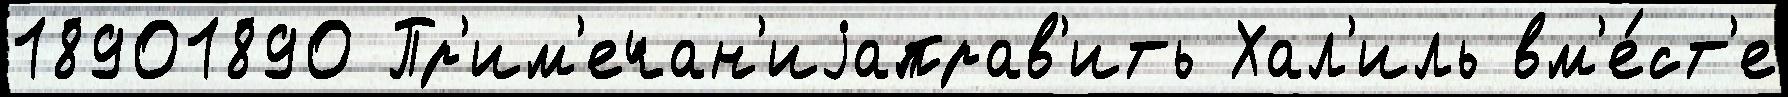
18901890 Пр'им'ечан'иjаправ'ить Хал'иль вм'е́ст'е